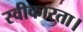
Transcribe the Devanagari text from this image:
स्वीकारता।